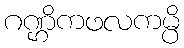
ဂဏ္ဌိကဖလကမ္ပိ